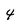
Character: 4